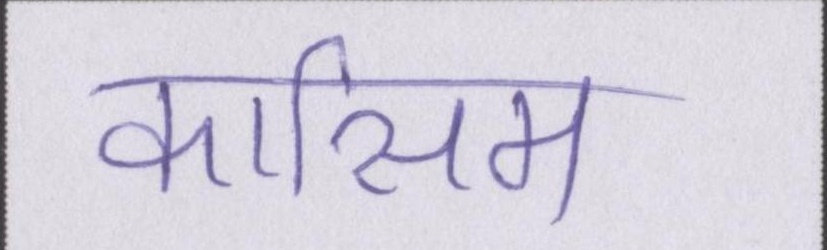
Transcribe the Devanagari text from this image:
कासिम